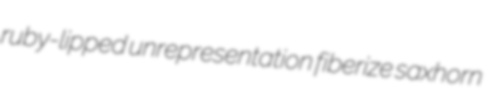
ruby-lipped unrepresentation fiberize saxhorn